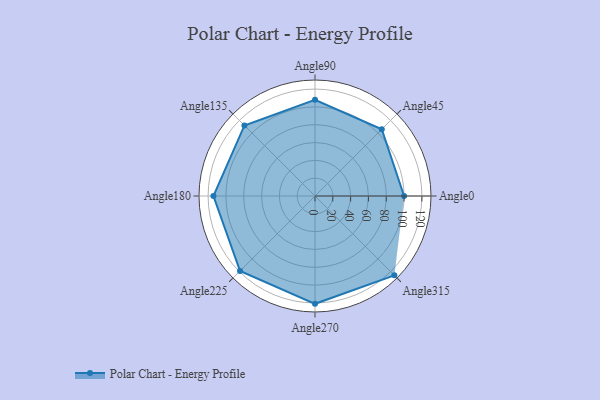
{"axis": {"x": "Angle", "y": "Radius"}, "legend": [""], "data": [{"x": "Angle0", "y": 100.0, "type": ""}, {"x": "Angle45", "y": 106.0, "type": ""}, {"x": "Angle90", "y": 108.0, "type": ""}, {"x": "Angle135", "y": 112.0, "type": ""}, {"x": "Angle180", "y": 114.0, "type": ""}, {"x": "Angle225", "y": 119.0, "type": ""}, {"x": "Angle270", "y": 121.0, "type": ""}, {"x": "Angle315", "y": 126.0, "type": ""}]}